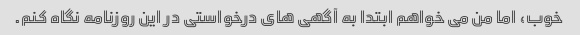
خوب، اما من می خواهم ابتدا به آگهی های درخواستی در این روزنامه نگاه کنم.